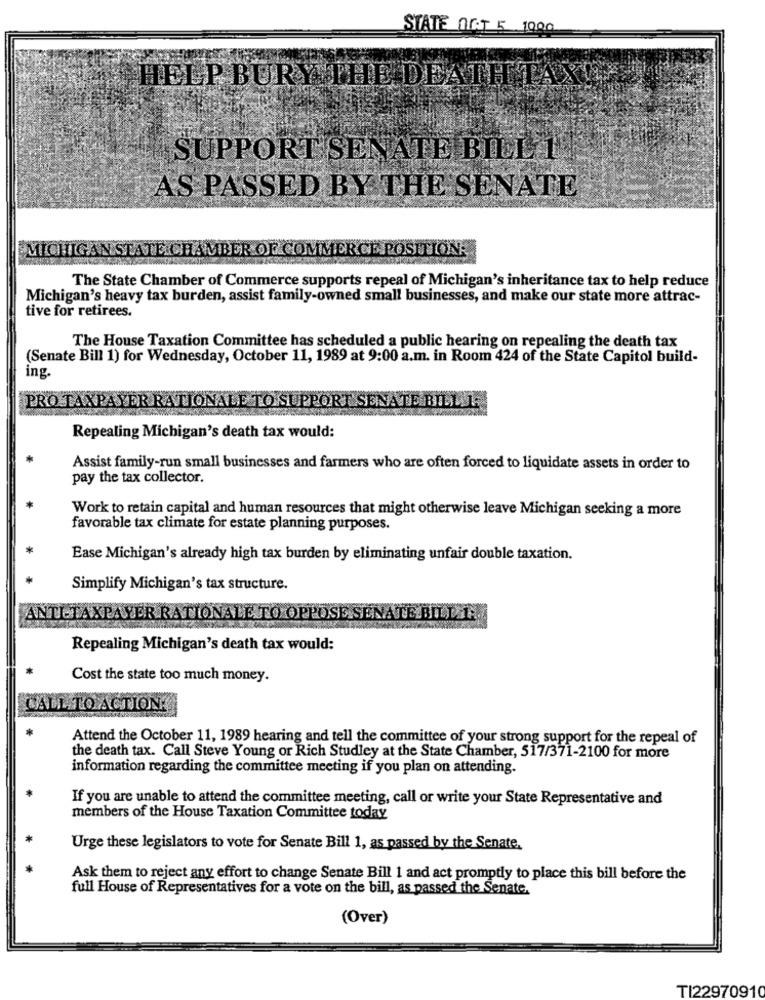
STATE NAT 5 1000
HELP BURY THE DEATHTAXS
SUPPORT SENATE BILL 1
AS PASSED BY THE SENATE
MICHIGAN STATE CHAMBER OF COMMERCE POSITION:
The State Chamber of Commerce supports repeal of Michigan's inheritance tax to help reduce
Michigan's heavy tax burden, assist family-owned small businesses, and make our state more attrac-
tive for retirees.
The House Taxation Committee has scheduled a public hearing on repealing the death tax
(Senate Bill 1) for Wednesday, October 11, 1989 at 9:00 a.m. in Room 424 of the State Capitol build-
ing.
PRO TAXPAYER RATIONALE TO SUPPORT SENATE BILL 1:
Repealing Michigan's death tax would:
Assist family-run small businesses and farmers who are often forced to liquidate assets in order to
pay the tax collector.
Work to retain capital and human resources that might otherwise leave Michigan seeking a more
favorable tax climate for estate planning purposes.
Ease Michigan's already high tax burden by eliminating unfair double taxation.
Simplify Michigan's tax structure.
ANTI-TAXPAYER RATIONALE. TO OPPOSE SENATE BILLI:
Repealing Michigan's death tax would:
Cost the state too much money.
CALL TO ACTION:
Attend the October 11, 1989 hearing and tell the committee of your strong support for the repeal of
the death tax. Call Steve Young or Rich Studley at the State Chamber, 517/371-2100 for more
information regarding the committee meeting if you plan on attending.
If you are unable to attend the committee meeting, call or write your State Representative and
members of the House Taxation Committee today
Urge these legislators to vote for Senate Bill 1, as passed by the Senate.
Ask them to reject any effort to change Senate Bill 1 and act promptly to place this bill before the
full House of Representatives for a vote on the bill, as passed the Senate.
(Over)
TI22970910